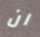
ان